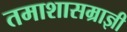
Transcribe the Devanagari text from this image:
तमाशासम्राज्ञी